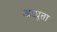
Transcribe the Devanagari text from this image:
अछ्युता